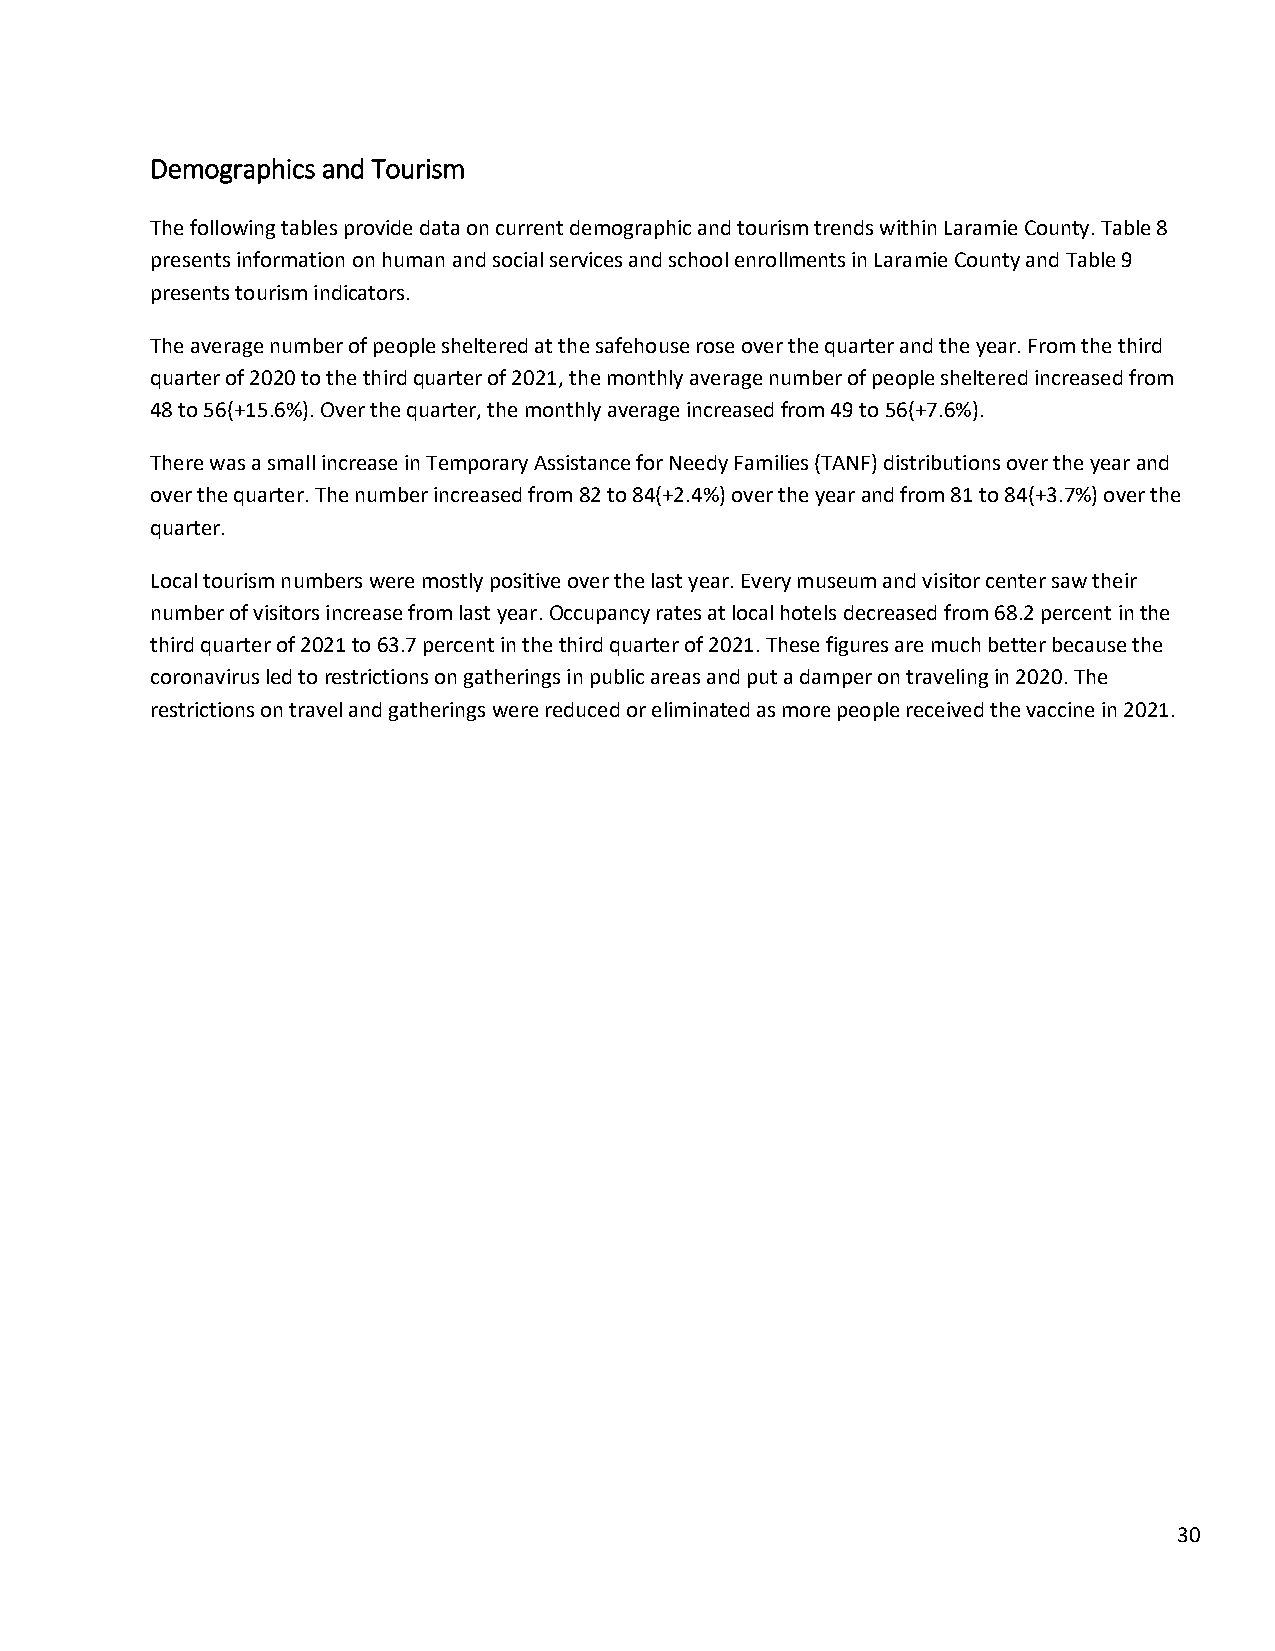
Demographics and Tourism
 The following tables provide data on current demographic and tourism trends within Laramie County. Table 8
 presents information on human and social services and school enrollments in Laramie County and Table 9
 presents tourism indicators.
 The average number of people sheltered at the safehouse rose over the quarter and the year. From the third
 quarter of 2020 to the third quarter of 2021, the monthly average number of people sheltered increased from
 48 to 56(+15.6%). Over the quarter, the monthly average increased from 49 to 56(+7.6%).
 There was a small increase in Temporary Assistance for Needy Families (TANF) distributions over the year and
 over the quarter. The number increased from 82 to 84(+2.4%) over the year and from 81 to 84(+3.7%) over the
 quarter.
 Local tourism numbers were mostly positive over the last year. Every museum and visitor center saw their
 number of visitors increase from last year. Occupancy rates at local hotels decreased from 68.2 percent in the
 third quarter of 2021 to 63.7 percent in the third quarter of 2021. These figures are much better because the
 coronavirus led to restrictions on gatherings in public areas and put a damper on traveling in 2020. The
 restrictions on travel and gatherings were reduced or eliminated as more people received the vaccine in 2021.
 30